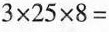
$$3 \times 2 5 \times 8 =$$